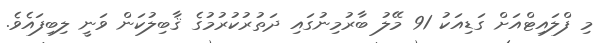
މި ފްލައިޓްއަށް ގަޑިއަކު 91 މޭލު ބާރުމިނުގައި ދަތުރުކުރުމުގެ ޤާބިލުކަން ވަނީ ލިބިފައެވެ.